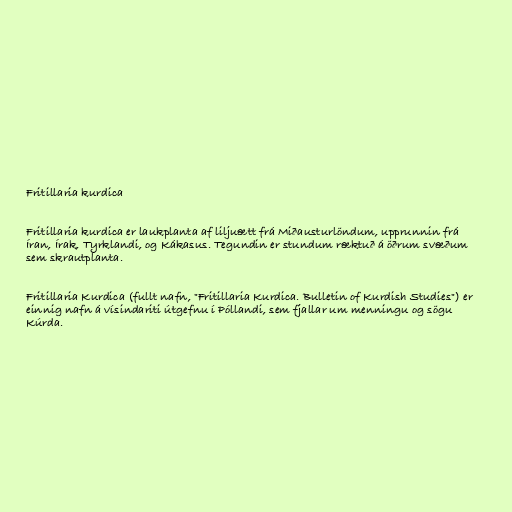
Fritillaria kurdica

Fritillaria kurdica er laukplanta af liljuætt frá Miðausturlöndum, upprunnin frá
Íran, Írak, Tyrklandi, og Kákasus. Tegundin er stundum ræktuð á öðrum svæðum
sem skrautplanta.

Fritillaria Kurdica (fullt nafn, "Fritillaria Kurdica. Bulletin of Kurdish Studies") er
einnig nafn á vísindariti útgefnu í Póllandi, sem fjallar um menningu og sögu
Kúrda.